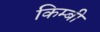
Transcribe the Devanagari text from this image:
किम्बी